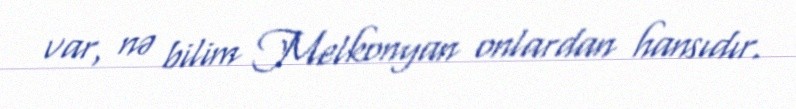
var, nə bilim Melkonyan onlardan hansıdır.